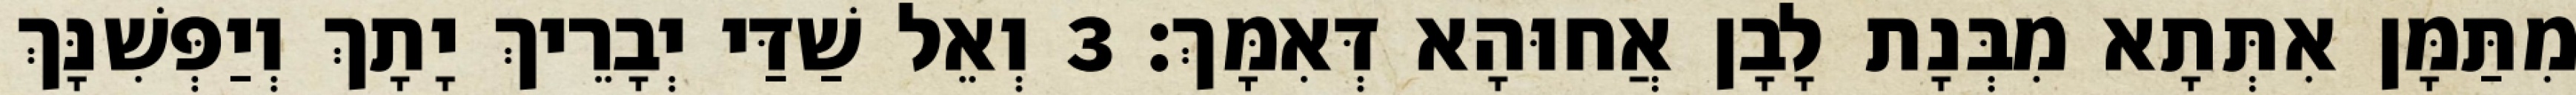
מִתַּמָּן אִתְּתָא מִבְּנָת לָבָן אֲחוּהָא דְּאִמָּךְ׃ 3 וְאֵל שַׁדַּי יְבָרֵיךְ יָתָךְ וְיַפְּשִׁנָּךְ